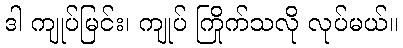
ဒါ ကျုပ်မြင်း၊ ကျုပ် ကြိုက်သလို လုပ်မယ်။